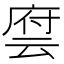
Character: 𬽂